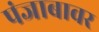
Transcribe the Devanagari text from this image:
पंजाबावर